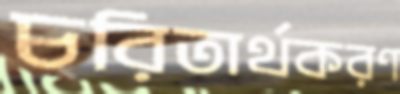
চরিতার্থকরণ